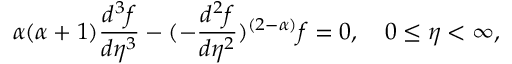
\alpha ( \alpha + 1 ) \frac { d ^ { 3 } f } { d \eta ^ { 3 } } - ( - \frac { d ^ { 2 } f } { d \eta ^ { 2 } } ) ^ { ( 2 - \alpha ) } f = 0 , ~ ~ ~ 0 \le \eta < \infty ,